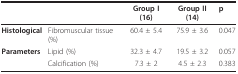
<table><thead><tr><td></td><td></td><td><b>Group I (16)</b></td><td><b>Group II (14)</b></td><td><b>p</b></td></tr></thead><tbody><tr><td><b>Histological</b></td><td>Fibromuscular tissue (%)</td><td>60.4 ± 5.4</td><td>75.9 ± 3.6</td><td>0.047</td></tr><tr><td><b>Parameters</b></td><td>Lipid (%)</td><td>32.3 ± 4.7</td><td>19.5 ± 3.2</td><td>0.057</td></tr><tr><td></td><td>Calcification (%)</td><td>7.3 ± 2</td><td>4.5 ± 2.3</td><td>0.383</td></tr></tbody></table>